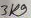
Text: 3K9